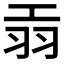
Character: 𦏺